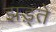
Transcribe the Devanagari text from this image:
झड़्ते